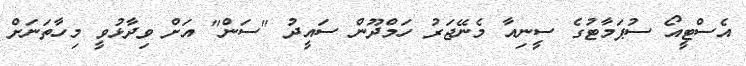
އެސްޓީއޯ ސުޕަމާޓުގެ ސީނިއާ މެނޭޖަރު ހަމްދޫން ސައީދު "ސަން" އަށް ވިދާޅުވީ މިހާތަނަށް